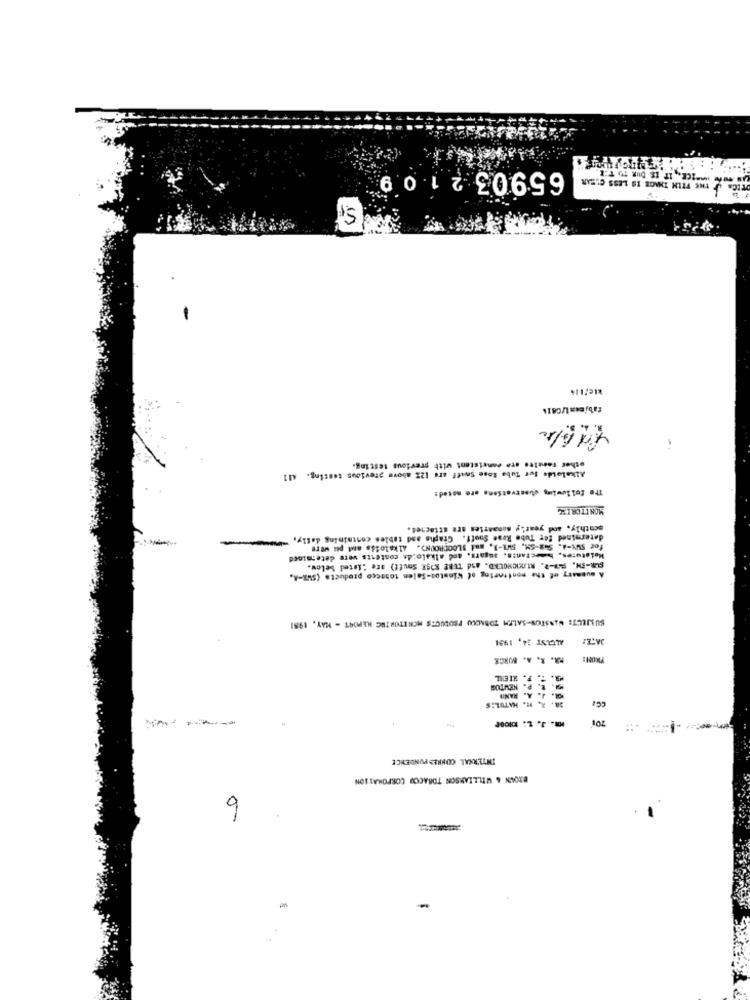
65903 2 109
THE FILM IMAGE IS LESS C'ZAR
other terules are consistent with previous testing.
Alkaloids for Tube lose Swift are 12% above previous testing. All
The following cuservations are moted:
MONITORING
southly, and yearly somaaries are attachel.
determined for Tube Rese Snuff. Graphs and tables containing daily,
Moistures, baectants, sugars, and alkalo:ds contests vere determined
SUBJECT: WINSTON-SALEM TOBACCO PRODUCTS MORITURIHC REPORT - MAY, 1981
1661 '9: 151277
MR. R. A. BURCK
. J. A.
UNVE
. R. H. HATUL:S
159
m. J. L. Kiloof
INTERNAL CONKES PUNDENCE
BROUN & WILLLARSON TOBACOU CORPORATION
9
-